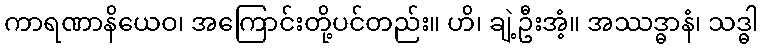
ကာရဏာနိယေဝ၊ အကြောင်းတို့ပင်တည်း။ ဟိ၊ ချဲ့ဦးအံ့။ အဿဒ္ဓာနံ၊ သဒ္ဓါ